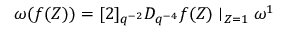
\omega ( f ( Z ) ) = [ 2 ] _ { q ^ { - 2 } } D _ { q ^ { - 4 } } f ( Z ) \mid _ { Z = 1 } \omega ^ { 1 }